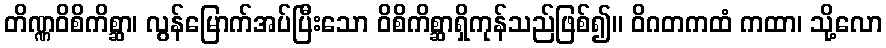
တိဏ္ဏဝိစိကိစ္ဆာ၊ လွန်မြောက်အပ်ပြီးသော ဝိစိကိစ္ဆာရှိကုန်သည်ဖြစ်၍။ ဝိဂတကထံ ကထာ၊ သို့လော